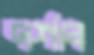
দর্শাব